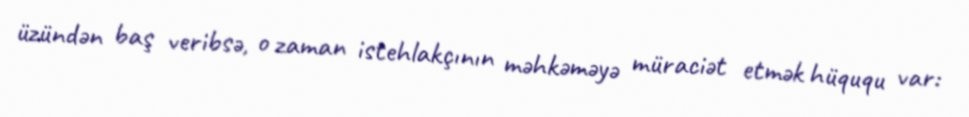
üzündən baş veribsə, o zaman istehlakçının məhkəməyə müraciət etmək hüququ var: